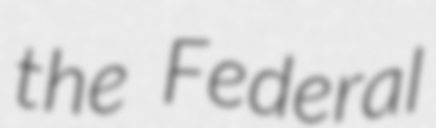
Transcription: the Federal